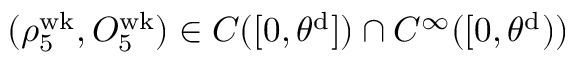
( \rho _ { 5 } ^ { \mathrm { w k } } , O _ { 5 } ^ { \mathrm { w k } } ) \in C ( [ 0 , \theta ^ { \mathrm { d } } ] ) \cap C ^ { \infty } ( [ 0 , \theta ^ { \mathrm { d } } ) )